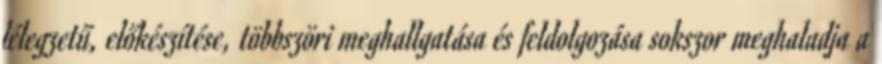
lélegzetű, előkészítése, többszöri meghallgatása és feldolgozása sokszor meghaladja a